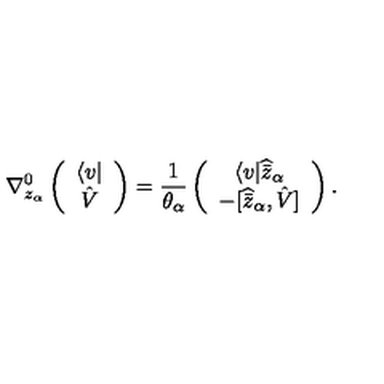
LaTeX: \nabla _ { z _ { \alpha } } ^ { 0 } \left( \begin{array} { c } { \langle v | } \\ { \hat { V } } \\ \end{array} \right) = \frac { 1 } { \theta _ { \alpha } } \left( \begin{array} { c } { \langle v | \widehat { \bar { z } } _ { \alpha } } \\ { - \lbrack \widehat { \bar { z } } _ { \alpha } , \hat { V } \rbrack } \\ \end{array} \right) .